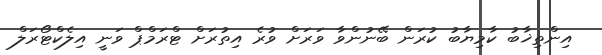
އިންތިޚާބު ކާމިޔާބު ކުރަން ބޭނުންވާ ވަރަށް ވުރެ އިތުރަށް ޓްރަމްޕް ވަނީ އިލެކްޓޯރަލް